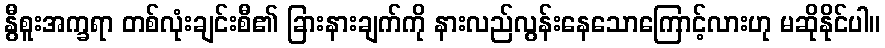
နွီစူးအက္ခရာ တစ်လုံးချင်းစီ၏ ခြားနားချက်ကို နားလည်လွန်းနေသောကြောင့်လားဟု မဆိုနိုင်ပါ။